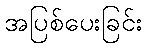
အပြစ်ပေးခြင်း